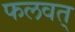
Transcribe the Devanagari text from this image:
फलवत्